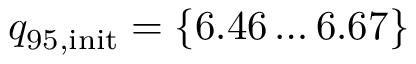
{ q _ { 9 5 , \mathrm { i n i t } } = \{ 6 . 4 6 \dots 6 . 6 7 \} }